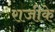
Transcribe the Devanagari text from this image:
राजीके